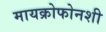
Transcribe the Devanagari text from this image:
मायक्रोफोनशी